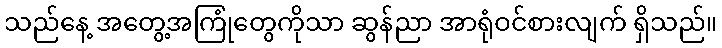
သည်နေ့ အတွေ့အကြုံတွေကိုသာ ဆွန်ညာ အာရုံဝင်စားလျက် ရှိသည်။